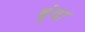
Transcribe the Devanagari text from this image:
वॄंदा